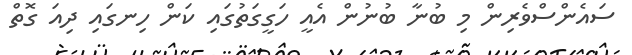
ސައެންސްވެރިން މި ބުނާ ބުނުން އެއީ ހަގީގަތުގައި ކަން ހިނގައި ދިއަ ގޮތް